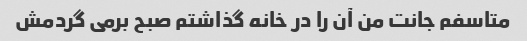
متاسفم جانت من آن را در خانه گذاشتم صبح برمی گردمش